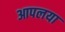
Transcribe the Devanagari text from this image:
आपलया